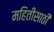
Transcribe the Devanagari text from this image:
महितीसाठी